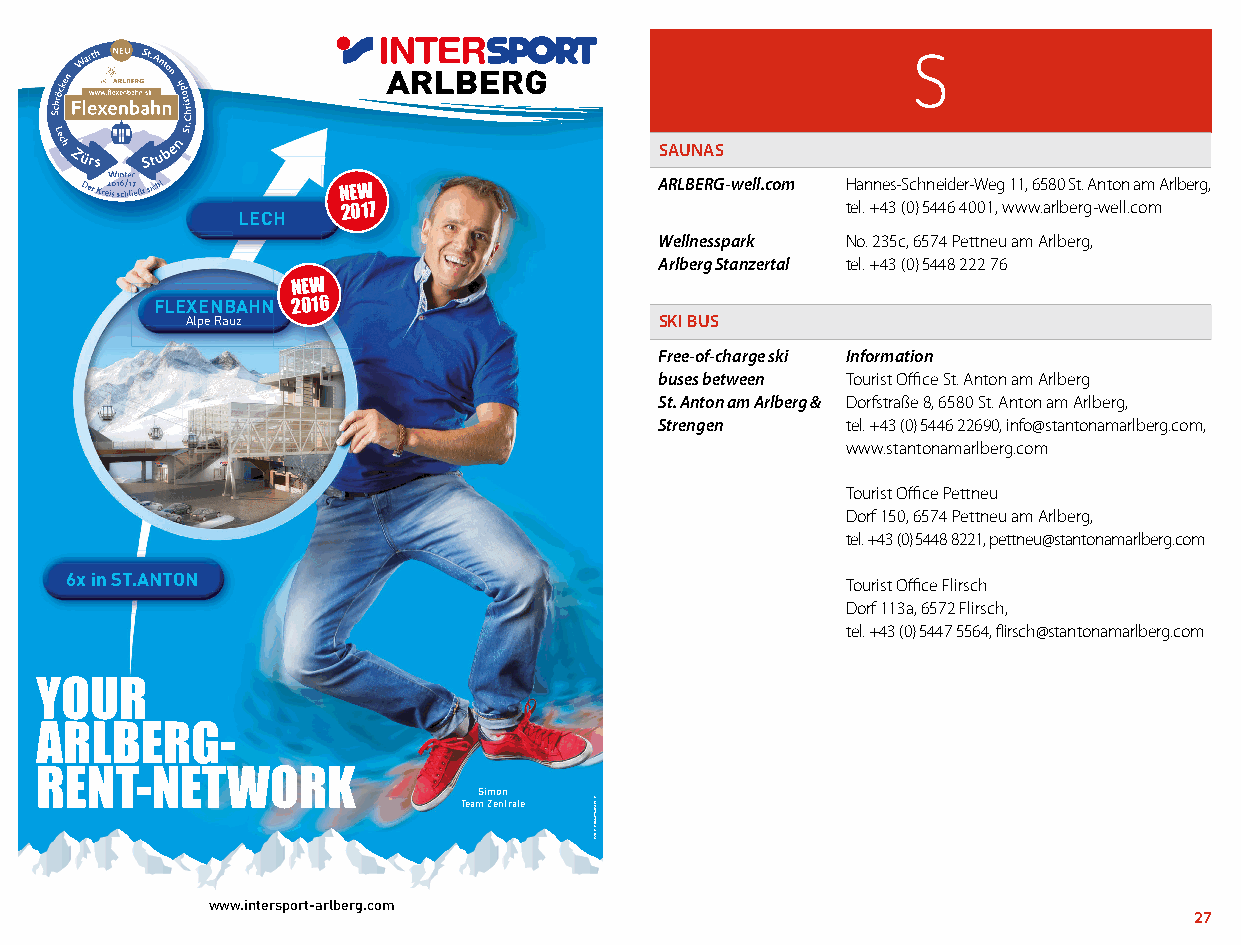
S
 SAUNAS
 ARLBERG-well.com Hannes-Schneider-Weg 11, 6580 St. Anton am Arlberg,
 NEW
 LECH
 2017                             tel. +43 (0) 5446 4001, www.arlberg-well.com
 Wellnesspark No. 235c, 6574 Pettneu am Arlberg,
 Arlberg Stanzertal tel. +43 (0) 5448 222 76
 NEW
 FLEXENBAHN 2016
 Alpe Rauz                       SKI BUS
 Free-of-charge ski Information
 buses between Tourist Office St. Anton am Arlberg
 St. Anton am Arlberg & Dorfstraße 8, 6580 St. Anton am Arlberg,
 Strengen    tel. +43 (0) 5446 22690, info@stantonamarlberg.com,
 www.stantonamarlberg.com
 Tourist Office Pettneu
 Dorf 150, 6574 Pettneu am Arlberg,
 tel. +43 (0) 5448 8221, pettneu@stantonamarlberg.com
 6x in ST.ANTON
 Tourist Office Flirsch
 Dorf 113a, 6572 Flirsch,
 tel. +43 (0) 5447 5564, flirsch@stantonamarlberg.com
 YOUR
 ARLBERG-
 RENT-NETWORK
 Simon
 Team Zentrale
 www.intersport-arlberg.com
 26                                                                           27
 TKNUPLETTIM